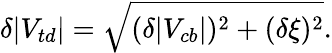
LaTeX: \delta|V_{td}|=\sqrt{(\delta|V_{cb}|)^{2}+(\delta\xi)^{2}}.